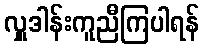
လှူဒါန်းကူညီကြပါရန်